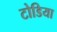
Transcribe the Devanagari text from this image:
टोडिया